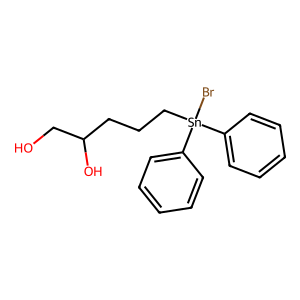
SMILES: OCC(O)CCC[Sn](Br)(c1ccccc1)c1ccccc1
Inhibits HIV replication: No